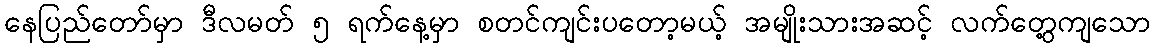
နေပြည်တော်မှာ ဒီလမတ် ၅ ရက်နေ့မှာ စတင်ကျင်းပတော့မယ့် အမျိုးသားအဆင့် လက်တွေ့ကျသော